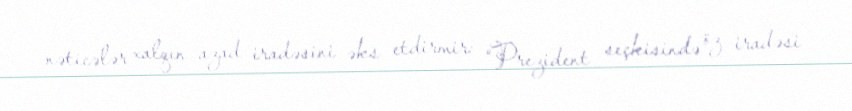
nəticələr xalqın azad iradəsini əks etdirmir: “Prezident seçkisində öz iradəsi